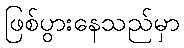
ဖြစ်ပွားနေသည်မှာ